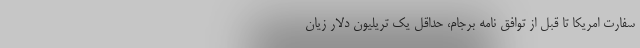
سفارت امريكا تا قبل از توافق نامه برجام، حداقل يك تريليون دلار زيان